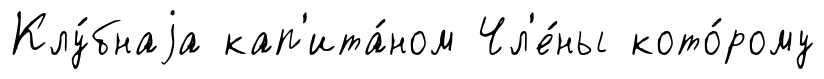
Клу́бнаjа кап'ита́ном Чл'е́ны кото́рому